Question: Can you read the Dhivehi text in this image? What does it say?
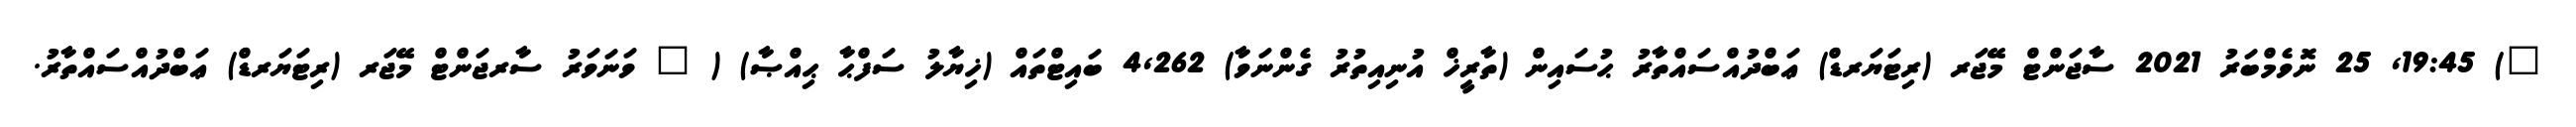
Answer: ") 19:45, 25 ނޮވެމްބަރު 2021 ސާޖަންޓް މޭޖަރ (ރިޓަޔަރޑް) ޢަބްދުއްސައްތާރު ޙުސައިން (ތާރީޚް އުނިއިތުރު ގެންނަވާ) 4,262 ބައިޓްތައް (ޚިޔާލު ސަފްޙާ ޙިއްޞާ) ( " ވަނަވަރު ސާރޖަންޓް މޭޖަރ (ރިޓަޔަރޑް) ޢަބްދުއްސައްތާރު.